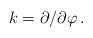
LaTeX: \begin{align*}k = \partial/\partial\varphi\, .\end{align*}